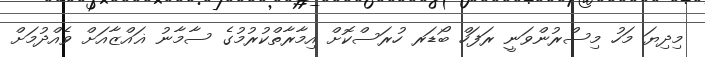
މިދިޔަ މަހު މިސްރުންވަނީ ރަފަހް ބޯޑަރ ހުރަސްކޮށް އިމާރާތްކުރުމުގެ ސާމާނު ޣައްޒާއަށް ވެއްދުމަށް